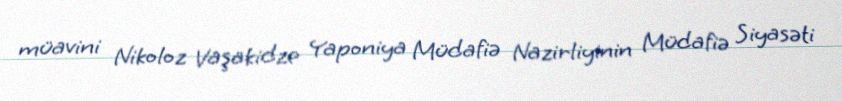
müavini Nikoloz Vaşakidze Yaponiya Müdafiə Nazirliyinin Müdafiə Siyasəti